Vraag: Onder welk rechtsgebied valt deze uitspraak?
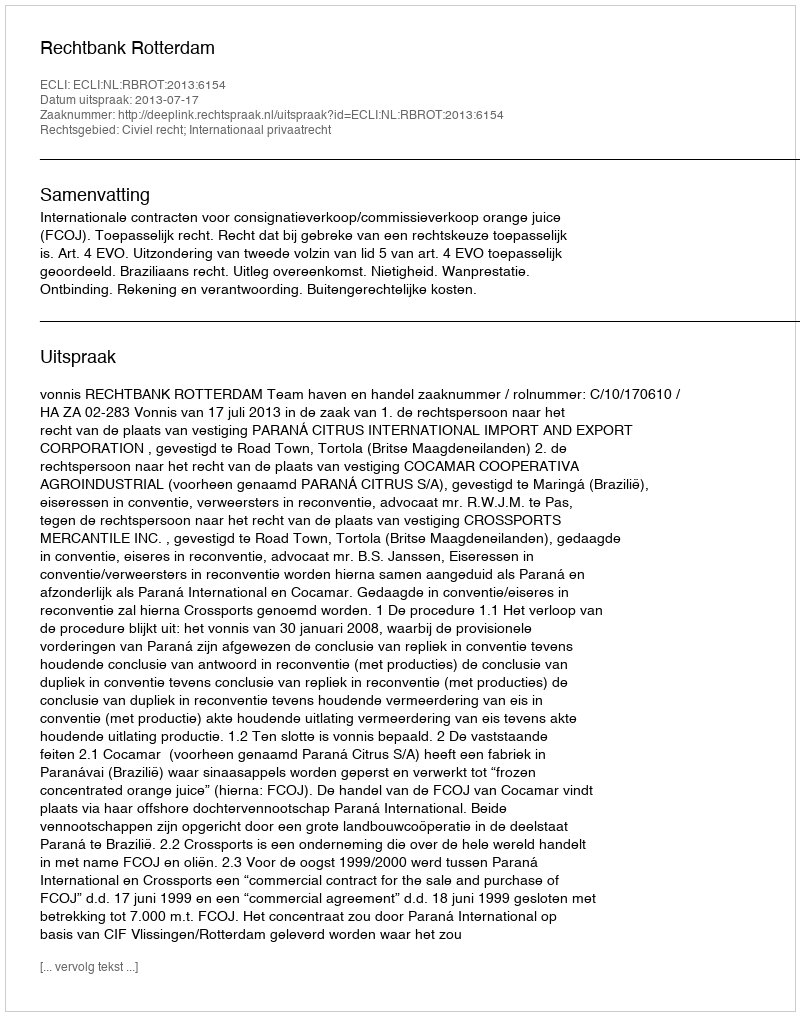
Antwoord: Civiel recht; Internationaal privaatrecht